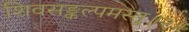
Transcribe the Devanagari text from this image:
शिवसङ्कल्पमस्तु॥२॥